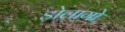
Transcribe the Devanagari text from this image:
डोलागो